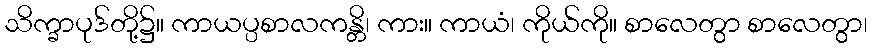
သိက္ခာပုဒ်တို့၌။ ကာယပ္ပစာလကန္တိ၊ ကား။ ကာယံ၊ ကိုယ်ကို။ စာလေတွာ စာလေတွာ၊